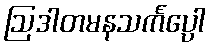
ဩဒါတမနသင်္ကပ္ပေါ